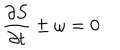
LaTeX: \frac { \partial S } { \partial t } \pm \omega = 0